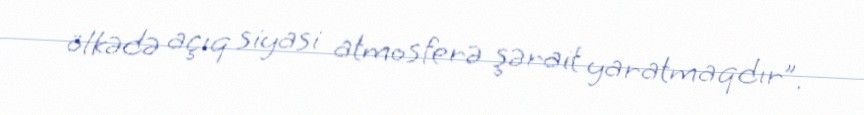
ölkədə açıq siyasi atmosferə şərait yaratmaqdır”.